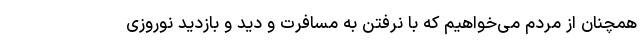
همچنان از مردم می‌خواهیم که با نرفتن به مسافرت و دید و بازدید نوروزی